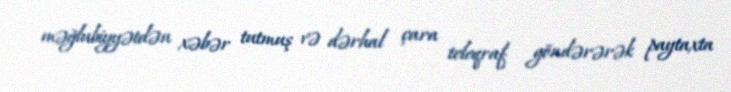
məğlubiyyətdən xəbər tutmuş və dərhal çara teleqraf göndərərək paytaxta